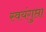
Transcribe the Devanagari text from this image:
स्वयंगुप्ता